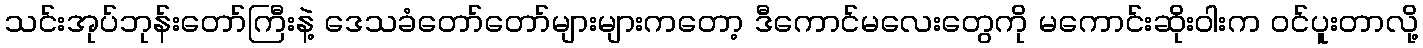
သင်းအုပ်ဘုန်းတော်ကြီးနဲ့ ဒေသခံတော်တော်များများကတော့ ဒီကောင်မလေးတွေကို မကောင်းဆိုးဝါးက ဝင်ပူးတာလို့